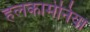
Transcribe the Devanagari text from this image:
हलकामेनिया